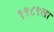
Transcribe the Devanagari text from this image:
१९८९ला